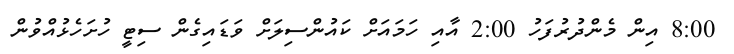
8:00 އިން މެންދުރުފަހު 2:00 އާއި ހަމައަށް ކައުންސިލަށް ވަޑައިގެން ސިޓީ ހުށަހެޅުއްވުން